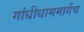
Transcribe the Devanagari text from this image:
गांधीधाममार्गेच